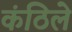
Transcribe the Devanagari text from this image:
कंठिले